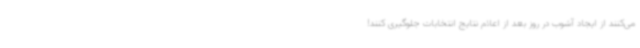
می‌کنند از ایجاد آشوب در روز بعد از اعلام نتایج انتخابات جلوگیری کنند!